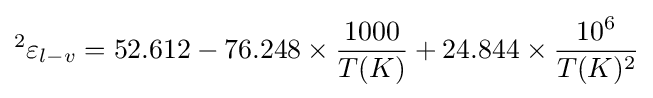
^{2}\varepsilon _{l-v}=52.612-76.248\times {1000 \over T(K)}+24.844\times {10^{6} \over T(K)^{2}}